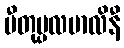
ပီတုပ္ပလမာလိနီ